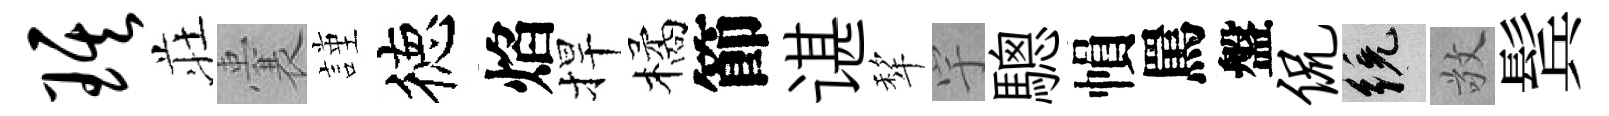
琪荘囊謹徳焰捍橘節谌犂宇驄𢄙罵盤侃統敬鬂